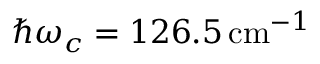
\hbar \omega _ { c } = 1 2 6 . 5 \, \mathrm { c m } ^ { - 1 }